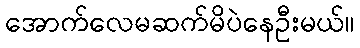
အောက်လေမဆက်မိပဲနေဦးမယ်။